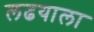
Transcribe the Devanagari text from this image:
लढयाला